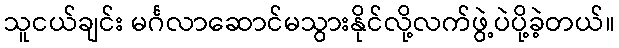
သူငယ်ချင်း မင်္ဂလာဆောင်မသွားနိုင်လို့လက်ဖွဲ့ပဲပို့ခဲ့တယ်။